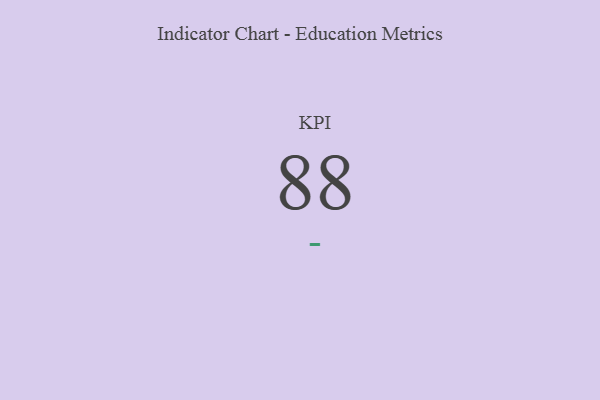
{"axis": {"x": "KPI", "y": "Value"}, "legend": [""], "data": [{"x": "KPI", "y": 88, "type": ""}]}